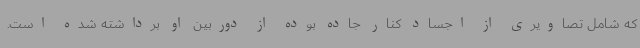
که شامل تصاویری از اجساد کنار جاده بوده از دوربین او برداشته شده است.